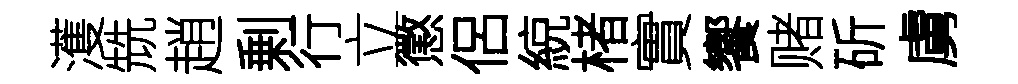
濩兟趙剰行立懲侶綂楮實饗赌斫虜